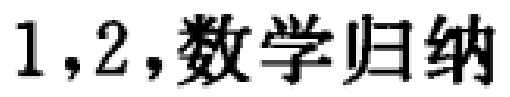
1,2,数学归纳